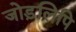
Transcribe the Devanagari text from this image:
जोड़लिपि